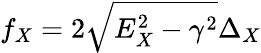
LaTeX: f_{X}=2\sqrt{E_{X}^{2}-\gamma^{2}}\Delta_{X}